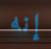
إنه